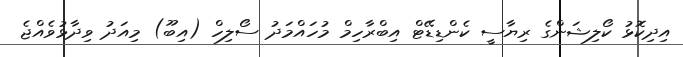
އިދިކޮޅު ކޯލިޝަންގެ ރިޔާސީ ކެންޑިޑޭޓް އިބްރާހިމް މުހައްމަދު ސޯލިހް (އިބޫ) މިއަދު ވިދާޅުވެއްޖެ